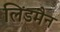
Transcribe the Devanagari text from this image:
लिंडमैन